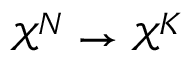
\mathcal { X } ^ { N } \to \mathcal { X } ^ { K }